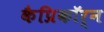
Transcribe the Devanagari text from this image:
कैप्रिकॉर्न